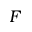
F